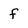
Character: f